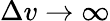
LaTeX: \Delta v\to\infty